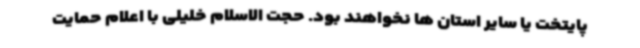
پایتخت یا سایر استان ها نخواهند بود. حجت الاسلام خلیلی با اعلام حمایت